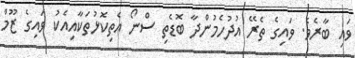
ވައި ބާރެވެ. ވައިގެ ތެރޭ އުދުހެމުންދާ ބޮޑެތި ސްނޯ އެތިކޮޅުތަކާއިއެކު ވައިގެ ޒޫމް